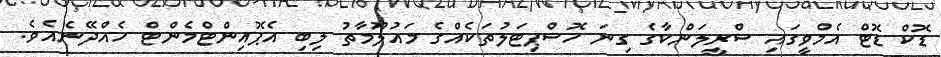
ޑޮކް ޑޮޓް އެމްވީގައި ސްރީލަންކާގެ ގިނަ ހޮސްޕިޓަލުތަކެއްގެ މައުލޫމާތު ލިބި އެޕޮއިންޓްމެންޓް ހެއްދޭނެއެވެ.